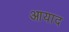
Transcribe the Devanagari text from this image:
आयाद